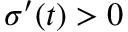
\sigma ^ { \prime } ( t ) > 0